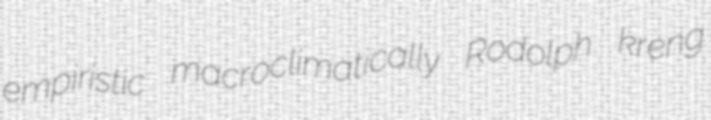
empiristic macroclimatically Rodolph kreng